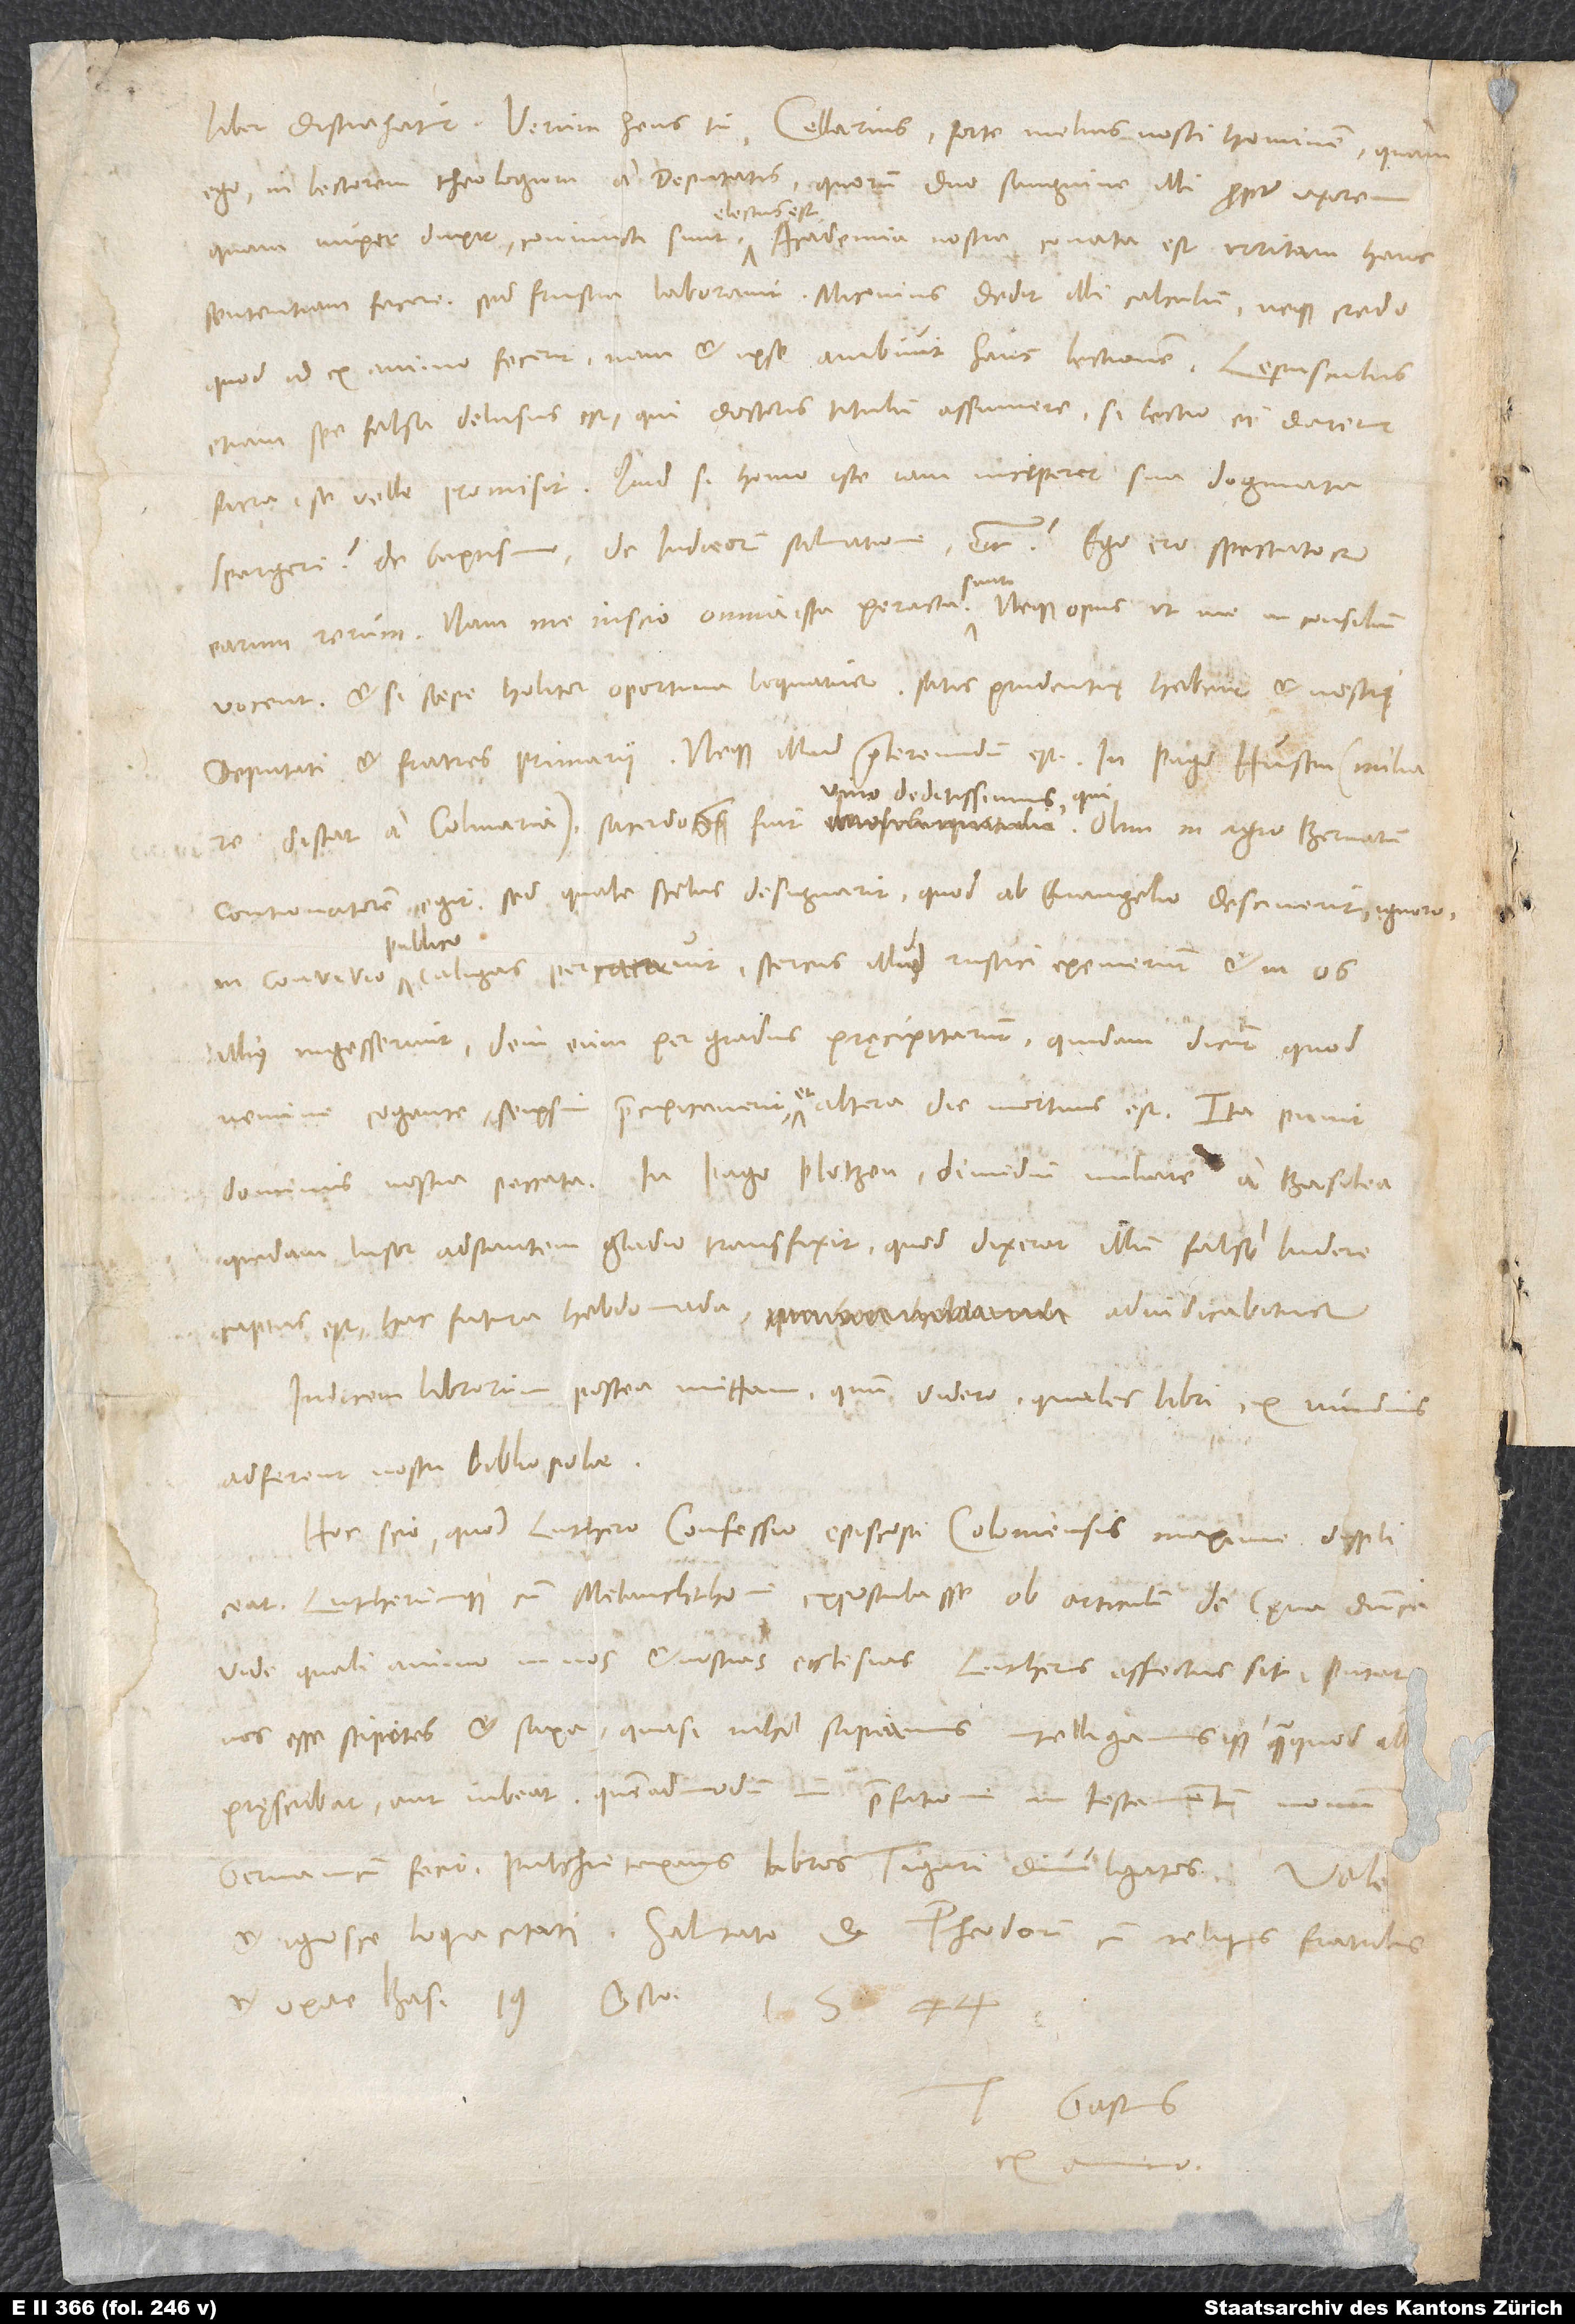
ego - in lectorem theologum a deputatis, quorum duo sanguine illi propter uxorem,
quam nuper duxit, coniuncti sunt, electus est. Academia nostra conata est irritam hanc
sententiam facere, sed frustra laboravit. Miconius dedit illi calculum, neque credo,
quod id ex animo fecerit; nam et ipse ambivit hanc lectionem. Lepusculus
etiam spe falsa delusus est, qui doctoris titulum assumere, si lectio ei daretur
sacra, se velle promisit. Quid si homo iste iam inciperet sua dogmata
spargere de baptismo, de Iudaeorum salvatione etc.? Ego ero spectator
earum rerum; nam me inscio omnia ista peracta sunt, neque opus, ut me in consilium
vocent, etsi saepe holitor oportuna loquatur. Satis prudentię habent et nostri
deputati et fratres primarii. Neque illud praetereundum est: In pago Husen (miliare
contionatorem egit; sed quale scelus designarit, quod ab evangelio desciverit, ignoro;
in convivio publico caligas percacavit, stercus illud rustici exemerunt et in os
illius ingesserunt, dein eum per gradus pręcipitarunt; quidam dicunt, quod
nemine cogente seipsum pręcipitaverit et altera die mortuus est. Ita punit
quidam lusor adstantem gladio transfixit, quod dixerat illum false ludere;
captus est, hac futura hebdomada adiudicabitur.
Indicem librorum postea mittam, quum videro, quales libri ex nundinis
adferent nostri bibliopolae.
Hoc scio, quod Luthero confessio episcopi Coloniensis maxime displiceat
Lutherumque cum Melanchthone expostulasse ob articulum de cęna dominica.
Vide, quali animo in nos et nostras ecclesias Lutherus affectus sit; putat
nos esse stipites et saxa, quasi nihil sapiamus intelligamusque, quam quod ill
pręscribat aut iubeat, quemadmodum in praefatione in Testamentum Novum
Germanicum fecit pulchre taxans libros Tiguri divulgatos.
et ignosce loquacitati. Salutato d. Theodorum cum reliquis fratribus
Tuus Gastius